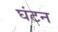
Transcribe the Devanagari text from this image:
घंटन